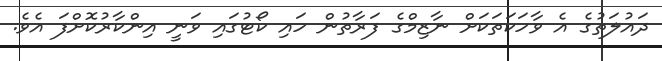
ދައުލަތުގެ އެ ވާހަކަތަކަށް ނާޒިމްގެ ފަރާތުން ހައި ކޯޓުގައި ވަނީ އިންކާރުކޮށްފަ އެވެ.